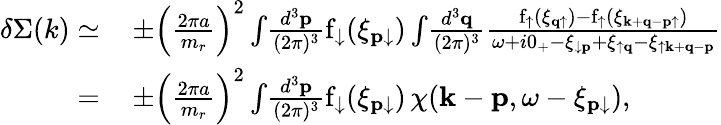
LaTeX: \begin{array}{rl}{\delta\Sigma(k)\simeq}&{\, \pm\left(\frac{2\pi a}{m_{r}}\right)^{2}\int\! \frac{d^{3}\mathbf{p}}{(2\pi)^{3}}\mathrm{f}_{\downarrow}(\xi_{\mathbf{p}\downarrow})\int\! \frac{d^{3}\mathbf{q}}{(2\pi)^{3}}\frac{\mathrm{f}_{\uparrow}(\xi_{\mathbf{q}\uparrow})-\mathrm{f}_{\uparrow}(\xi_{\mathbf{k}+\mathbf{q}-\mathbf{p}\uparrow})}{\omega+i0_{+}-\xi_{\downarrow\mathbf{p}}+\xi_{\uparrow\mathbf{q}}-\xi_{\uparrow\mathbf{k}+\mathbf{q}-\mathbf{p}}}}\\ {=}&{\, \pm\left(\frac{2\pi a}{m_{r}}\right)^{2}\int\! \frac{d^{3}\mathbf{p}}{(2\pi)^{3}}\mathrm{f}_{\downarrow}(\xi_{\mathbf{p}\downarrow})\, \chi(\mathbf{k}-\mathbf{p},\omega-\xi_{\mathbf{p}\downarrow}),}\end{array}